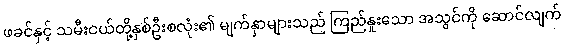
ဖခင်နှင့် သမီးငယ်တို့နှစ်ဦးစလုံး၏ မျက်နှာများသည် ကြည်နူးသော အသွင်ကို ဆောင်လျက်